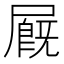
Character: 𡳅